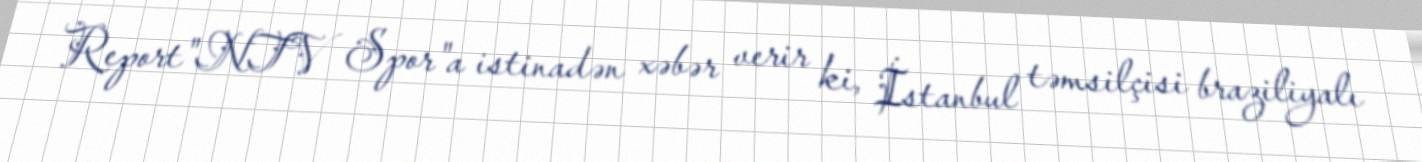
Report"NTV Spor"a istinadən xəbər verir ki, İstanbul təmsilçisi braziliyalı